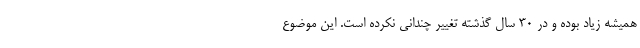
همیشه زیاد بوده و در 30 سال گذشته تغییر چندانی نکرده است. این موضوع